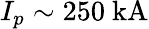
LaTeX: I_{p}\sim 250~\mathrm{kA}